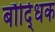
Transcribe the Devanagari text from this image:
बौदि्धक